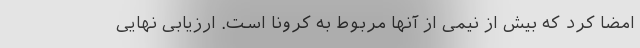
امضا کرد که بیش از نیمی از آنها مربوط به کرونا است. ارزیابی نهایی